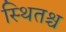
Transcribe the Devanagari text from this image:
स्थितश्च